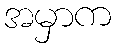
အမှာက